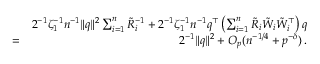
\begin{array} { r l r } & { } & { 2 ^ { - 1 } \zeta _ { 1 } ^ { - 1 } n ^ { - 1 } \| { q } \| ^ { 2 } \sum _ { i = 1 } ^ { n } \tilde { R } _ { i } ^ { - 1 } + 2 ^ { - 1 } \zeta _ { 1 } ^ { - 1 } n ^ { - 1 } { q } ^ { \top } \left( \sum _ { i = 1 } ^ { n } \tilde { R } _ { i } { \tilde { W } } _ { i } { \tilde { W } } _ { i } ^ { \top } \right) { q } } \\ & { = } & { 2 ^ { - 1 } \| { q } \| ^ { 2 } + O _ { p } ( n ^ { - 1 / 4 } + p ^ { - \delta } ) \, . } \end{array}